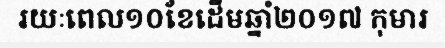
រយៈពេល១០ខែដើមឆ្នាំ២០១៧ កុមារ